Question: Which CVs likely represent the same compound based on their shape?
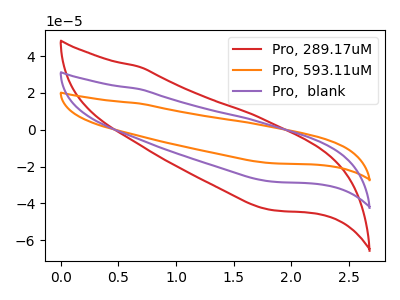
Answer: <think>The red curve "Pro, 289.17uM" has no peaks. The orange curve "Pro, 593.11uM" has no peaks. The purple curve "Pro,  blank" has no peaks.
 Neither "Pro, 289.17uM" or "Pro, 593.11uM" have any peaks. Neither "Pro, 289.17uM" or "Pro,  blank" have any peaks. Neither "Pro, 593.11uM" or "Pro,  blank" have any peaks.</think>
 <answer>"Pro, 289.17uM", "Pro, 593.11uM" and "Pro,  blank" have the same shape and are likely CV's of the same chemical.</answer>
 <eval>"Pro, 289.17uM" "Pro, 593.11uM" "Pro,  blank"</eval>